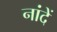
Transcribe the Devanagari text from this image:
नांदें